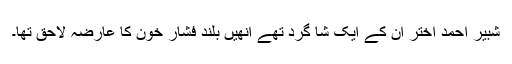
شبیر احمد اختر ان کے ایک شا گرد تھے انھیں بلند فشار خون کا عارضہ لاحق تھا۔